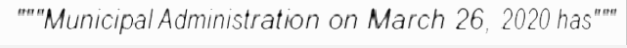
"""Municipal Administration on March 26, 2020 has"""